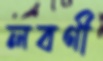
লবণী